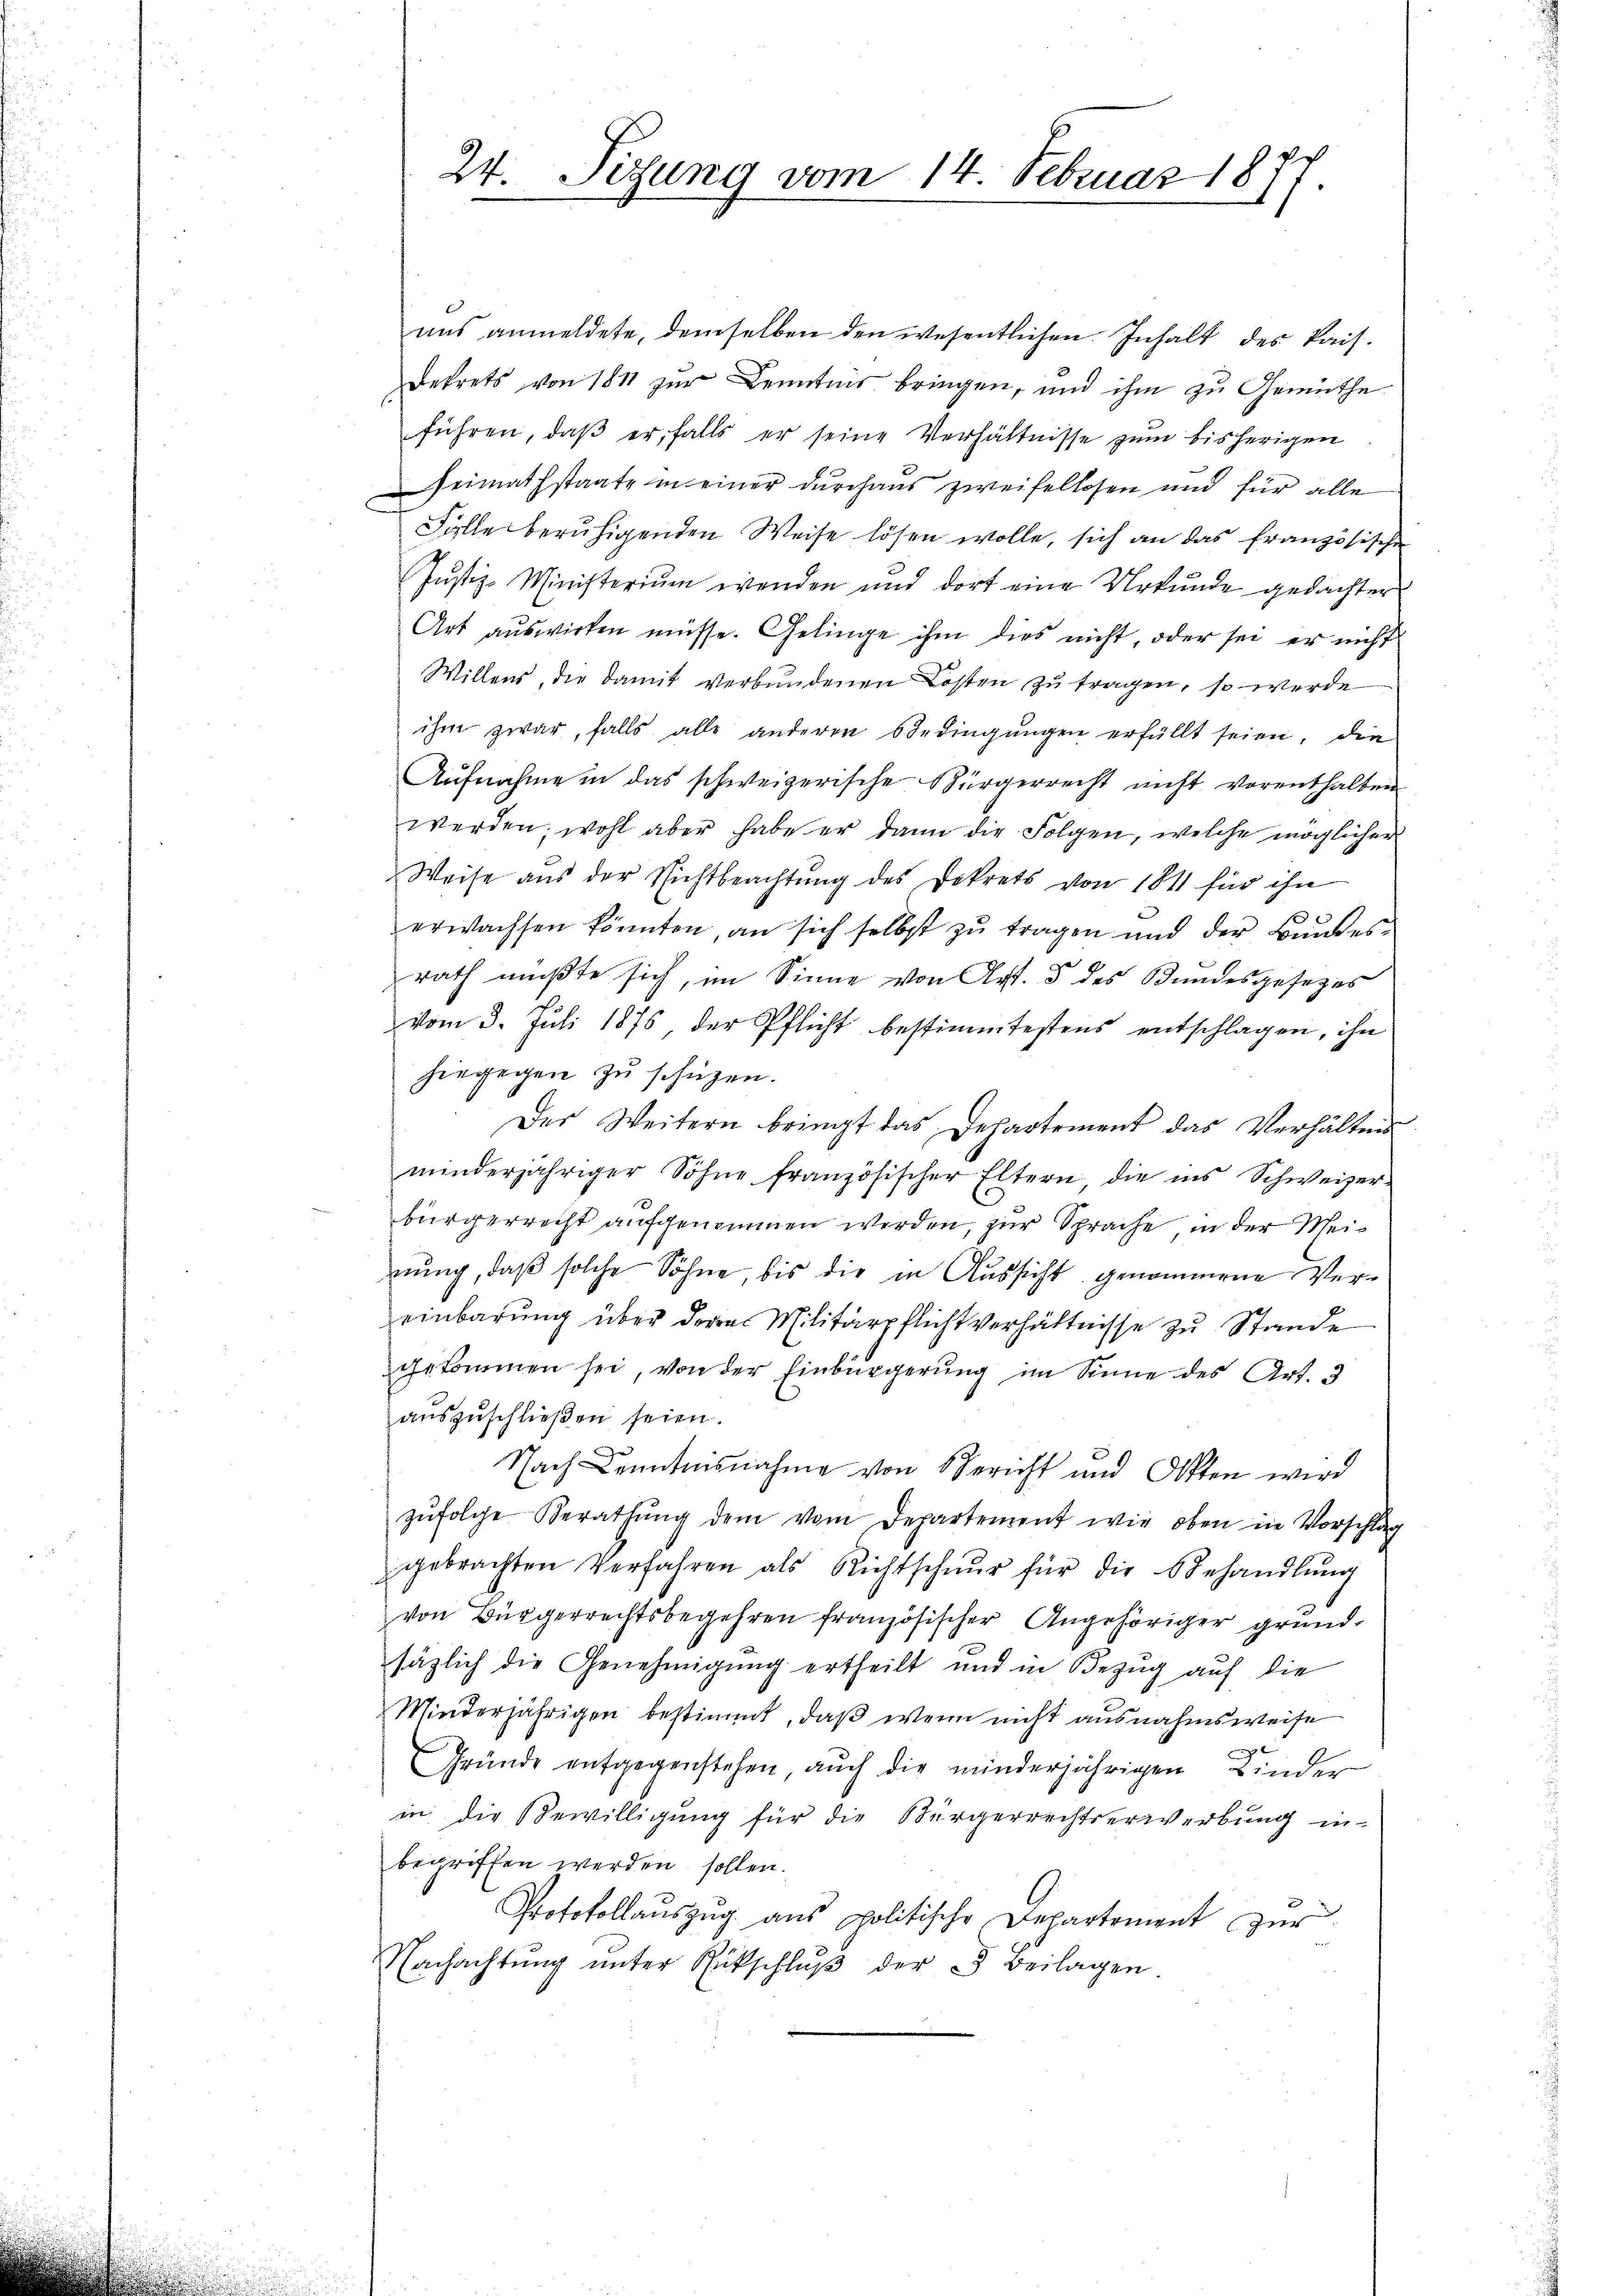
24. Sizung vom 14. Februar 1877.

uns anmeldete, demselben den wesentlichen Inhalt des Kais.
Dekrets von 1811 zur Kenntnis bringen, und ihm zu Gemüthe
führen, daß er, falls er seine Verhältnisse zum bisherigen
Heimathstaate in einer durchaus zweifellosen und für alle
Fälle beruhigenden Weise lösen wolle, sich an das französisch
Justiz-Ministerium wenden und dort eine Urkunde gedachter
Art auswirken müsse. Gelinge ihm dies nicht, oder sei er nicht
Willens, die damit verbundenen Kosten zu tragen, so werde
ihm zwar, falls alle anderen Bedingŭngen erfüllt seien, die
Aŭfnahme in das schweizerische Bürgerrecht nicht vorenthalten
werden; wohl aber habe er dann die Folgen, welche möglicher
Weise aŭs der Richtbeachtŭng des Dekrets von 184 für ihn
erwachsen könnten, an sich selbst zŭ tragen und der Bandes-
rath mußte sich, im Sinne von Art. 5 des Bundesgesezes
vom 3. Juli 1875, der Pflicht bestimmtestens entschlagen, ihn
hingegen zu schützen.
Der Weitern bringt das Departement das Verhälten
minderjähriger Söhne französischer Eltern, die ins Schweizer-
bürgerrecht aufgenommen werden, zur Sprache, in der Meinung, daß solche Söhne, bis die in Aussicht genommene Vereinbarung über dere Militärpflichtverhältnisse zu Stande
gekommen sei, von der Einbürgerung im Sinne des Art. 3
auszuschließen seien.
Nach Kenntnisnahme von Bericht und Otten wird
zŭfolge Berathŭng dem vom Departement wie oben in Vorschlag
gebrachten Verfahren als Richtschnur für die behandlŭng
von Bürgerrechtsbegehren französischer Angehöriger grundsäzlich die Genehmigung ertheilt und in Bezug auf die
Minderjährigen bestimmt, daß wenn nicht ausnahmsweise
Gründe entgegenstehen, auch die minderjährigen Kinder
in die Bewilligung für die Bürgerrechtserwerbung in
begriffen werden sollen.
Protokollaŭszŭg ans politische Departement zur
Nachachtŭng ŭnter Rückschlŭβ der  Beilagen